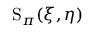
\operatorname { S } _ { \pi } ( \xi , \eta )